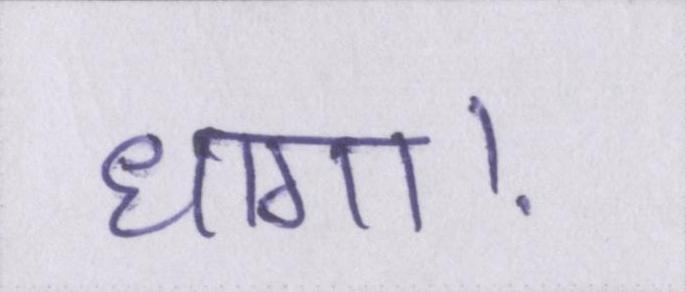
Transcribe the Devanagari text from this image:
धागा।